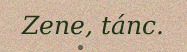
Zene, tánc.